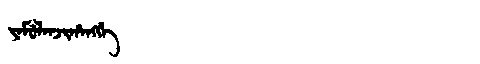
Manchu: ᠶᠠᠮᡠᠯᠠᠨᠵᡳᡥᠠᠩᡤᡝ
Romanization: YAMULANJIHANGGE